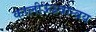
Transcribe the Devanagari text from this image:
कालीऊध्र्वान्वय